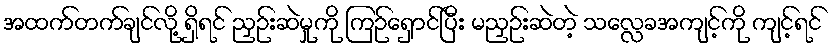
အထက်တက်ချင်လို့ ရှိရင် ညှဉ်းဆဲမှုကို ကြဉ်ရှောင်ပြီး မညှဉ်းဆဲတဲ့ သလ္လေခအကျင့်ကို ကျင့်ရင်